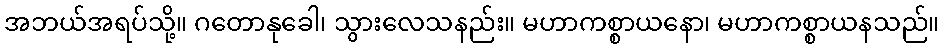
အဘယ်အရပ်သို့။ ဂတောနုခေါ၊ သွားလေသနည်း။ မဟာကစ္စာယနော၊ မဟာကစ္စာယနသည်။